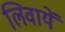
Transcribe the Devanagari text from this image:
लिवायें